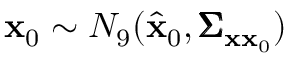
\mathbf { x } _ { 0 } \sim N _ { 9 } ( \hat { \mathbf { x } } _ { 0 } , \pmb { \Sigma } _ { \mathbf { x } \mathbf { x } _ { 0 } } )